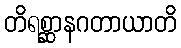
တိရစ္ဆာနဂတာယာတိ